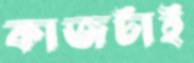
কাজটাই